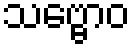
သဗ္ဗောဝ